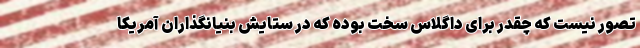
تصور نیست که چقدر برای داگلاس سخت بوده که در ستایش بنیانگذاران آمریکا